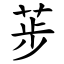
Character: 荹